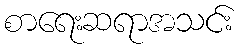
စာရေးဆရာအသင်း